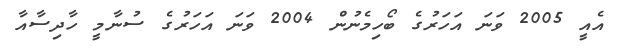
އެއީ 2005 ވަނަ އަހަރުގެ ބޯހިމެނުން 2004 ވަނަ އަހަރުގެ ސުނާމީ ހާދިސާއާ